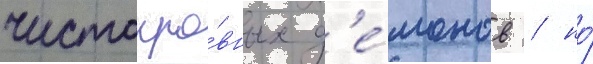
чистокро́вных д'е́монов / но́